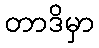
တာဒိမှာ